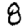
Digit: 8